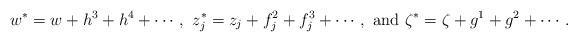
LaTeX: \begin{align*} w^*=w+h^3+h^4+\cdots,\,\,z_j^*=z_j+f_{j}^2+f_{j}^3+\cdots,\,\,\mbox{and}\,\,\zeta^*=\zeta+g^1+g^2+\cdots.\end{align*}